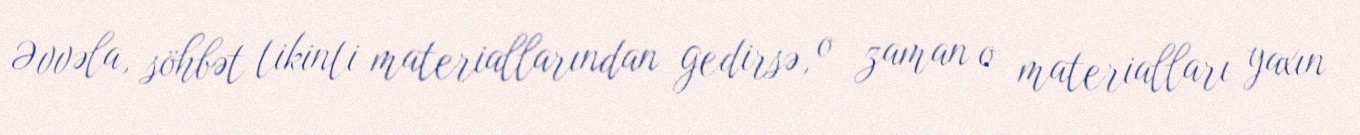
Əvvəla, söhbət tikinti materiallarından gedirsə, o zaman o materialları yaxın